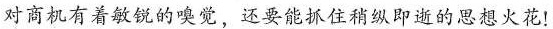
对商机有着敏锐的嗅觉，还要能抓住稍纵即逝的思想火花！